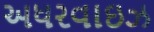
અધરવાઇઝ